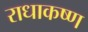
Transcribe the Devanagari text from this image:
राधाकष्‍ण